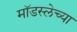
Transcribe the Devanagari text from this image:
मॉडस्लेच्या